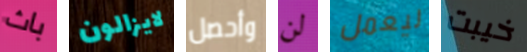
باث لايزالون وأحصل لن ليعمل خيبت